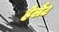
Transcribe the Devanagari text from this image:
हेलैंट